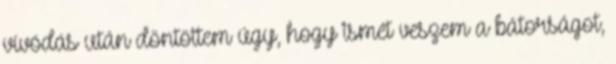
vívódás után döntöttem úgy, hogy ismét veszem a bátorságot,